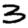
Digit: 3